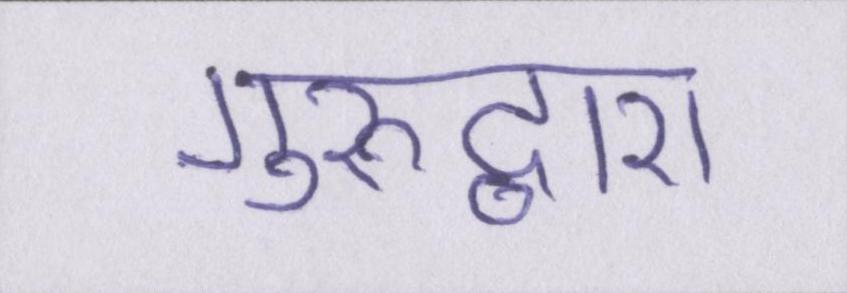
गुरुद्वारा